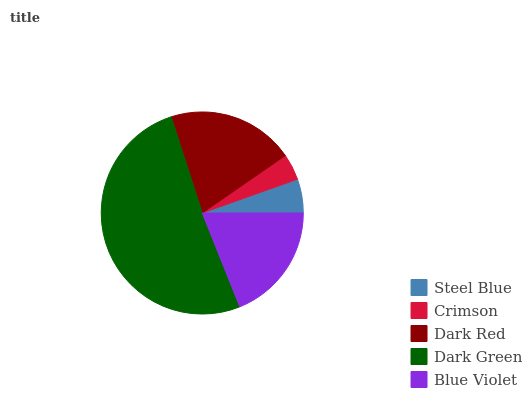
| Steel Blue | Crimson | Dark Red | Dark Green | Blue Violet |
 | --- | --- | --- | --- | --- |
 | 5.43% | 4.2% | 20.4% | 51.1% | 18.9% |